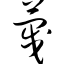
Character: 蔑